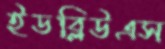
ইডব্লিউএস